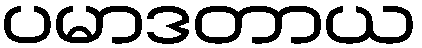
ပမာဒတာယ